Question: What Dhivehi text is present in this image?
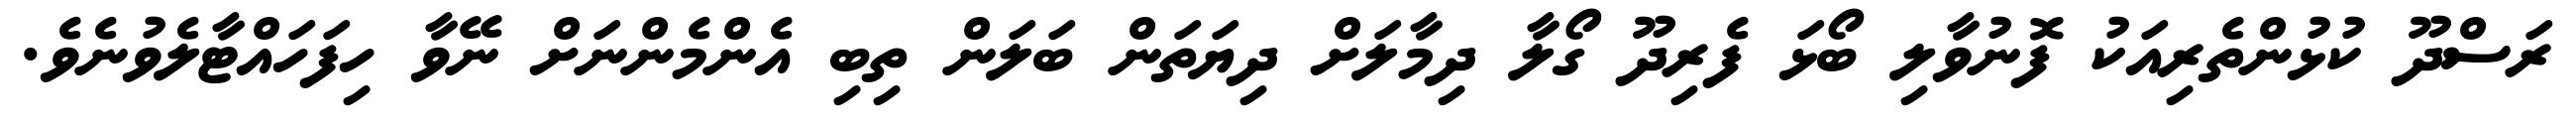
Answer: ރަސްދޫ ކުޅުންތެރިއަކު ފޮނުވާލި ބޯޅަ ފެރިދޫ ގޯލާ ދިމާލަށް ދިޔަތަން ބަލަން ތިބި އެންމެންނަށް ނޭވާ ހިފަހައްޓާލެވުނެވެ.